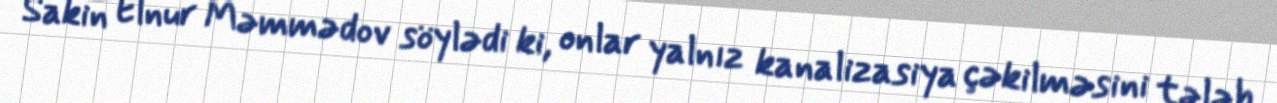
Sakin Elnur Məmmədov söylədi ki, onlar yalnız kanalizasiya çəkilməsini tələb